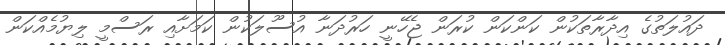
ދައުލަތުގެ އިދާރާތަކުން ކަންކަން ކުރަން ޖެހޭނީ ހަރުދަނާ އުސޫލަކުން ކަމަށާއި ރަސްމީ ލިޔުމެއްކަން